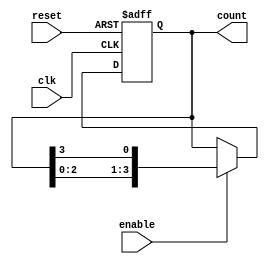
module ring_counter #(parameter N = 4) (
    input wire clk,          // Clock input
    input wire reset,        // Asynchronous reset
    input wire enable,       // Enable signal
    output reg [N-1:0] count // Output of the ring counter
);

// Initialize the counter
always @(posedge clk or posedge reset) begin
    if (reset) begin
        count <= 1'b1; // Initialize the first flip-flop to '1', others to '0'
    end else if (enable) begin
        // Shift '1' to the left with wrap-around
        count <= {count[N-2:0], count[N-1]}; // Move the '1' to the next position
    end
end

endmodule